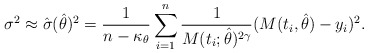
\begin{align*}\sigma^2\approx\hat{\sigma}(\hat{\theta})^2=\frac{1}{n-\kappa_{\theta}}\sum_{i=1}^n \frac{1}{M(t_i;\hat{\theta})^{2\gamma}}(M(t_i,\hat{\theta})- y_i)^2.\end{align*}